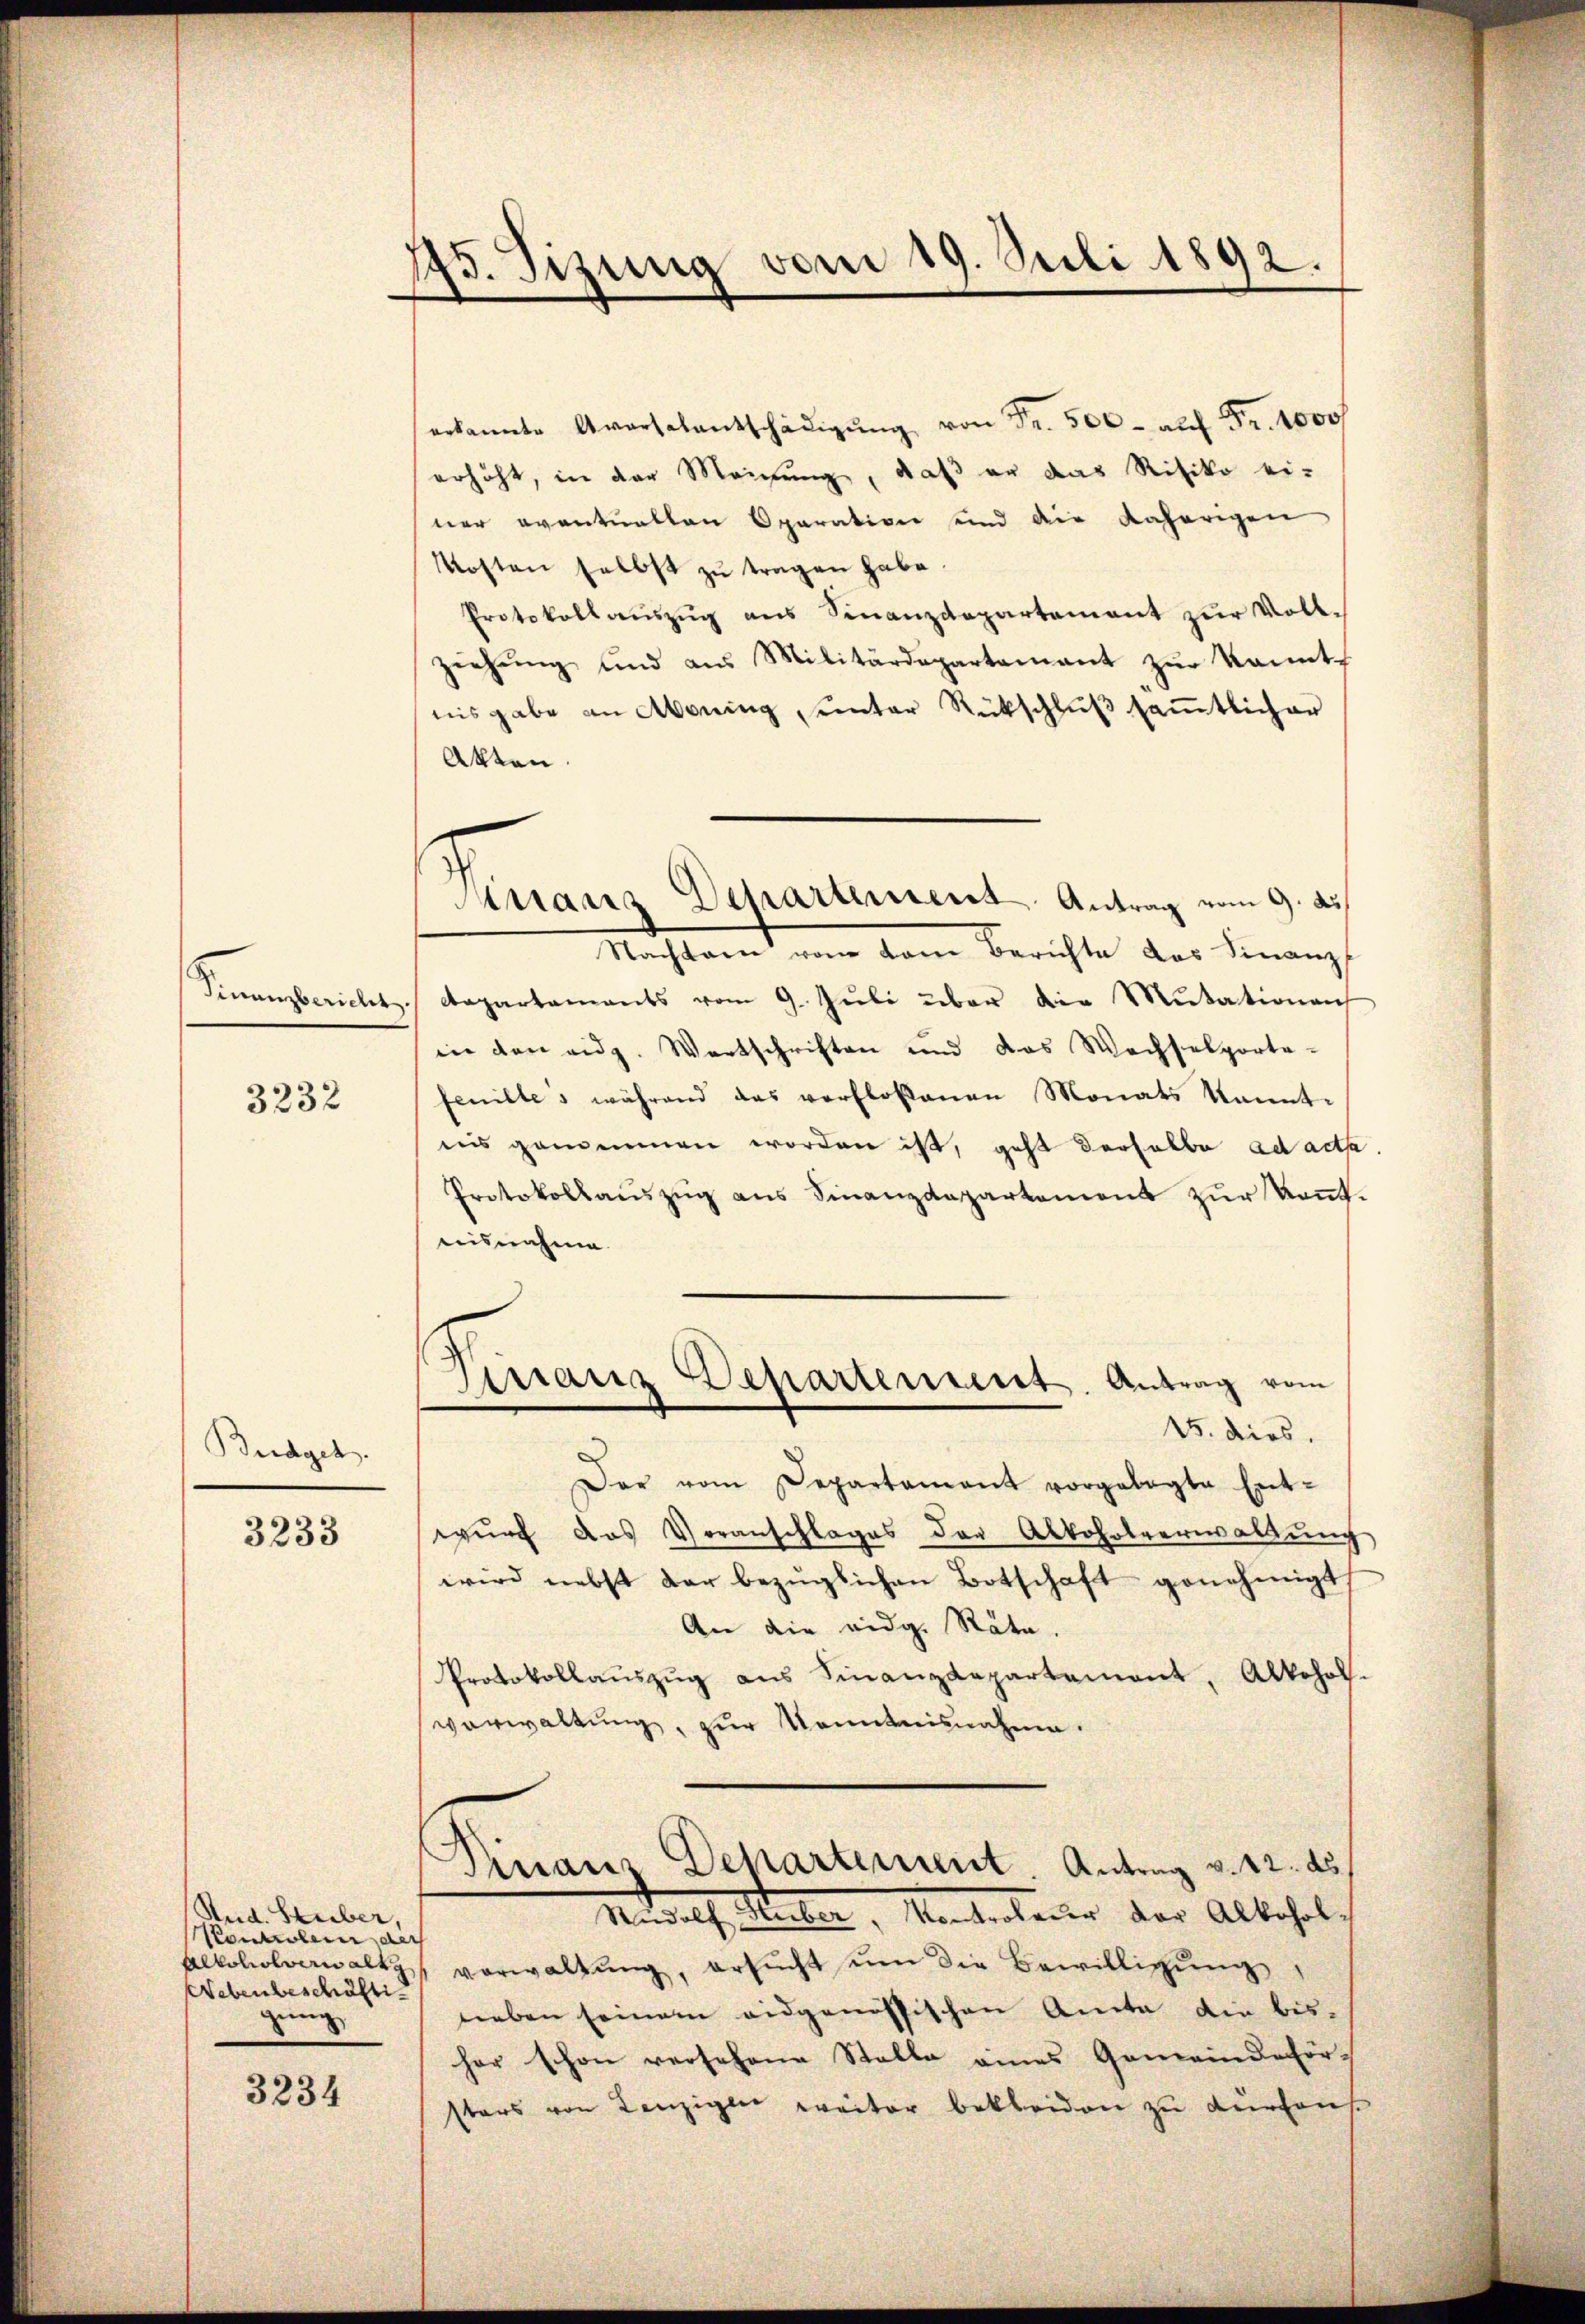
3232

Budget.

3233

Rud. Stuber,
Pontolen der
Webenbeschäftigung,

3234

173. Sizung vom 19. Juli 1892.

Finanz Departement Antrag vom 9. ds.

erkannte Aversalentschädigŭng von Fr. 500 aŭf Fr. 1000f
erhöht, in der Meinung, daß er das Risiko ei-
ner eventualten Oparation sind die daherigen
Kosten selbst zu tragen habe
Protokollaŭszŭg ans Finanzdepartement zŭr Voll-
ziehŭng und aus Militärdepartamant zŭr kannt-
nisgabe an Aboning, unter Rückschlŭβ saṁtlicher
Akten.
Nachten vom vom Berichte des Finanz
Finanzbericht Departaments vom 9. Jŭli über die Mutationen
in den eidg. Wertschriften und das Wechselporta-
fenilles während das verflossenen Monats kannt-
uns genommen worden ist, geht derselbe ad acta
Protokollaŭszŭg ans Finanzdepartement zŭr Kennt-
aisnahme
Girranz Departement. Antrag vom
15. dies.
Der vom Departament vorgelegte Ent-
wurf das Voranschlages der Abbohrtverwaltung
wird nebst der bezüglichen Botschaft genehmigt
An die eidg. Räte.
Protokollaŭszŭg aŭs Finanzdepartament, Alkohol.
verwaltung, zur Kenntnisnahme.
Dinaus Departement. Antrag v. 12. ds
Rudolf Huber, Kontroleur der Alkohol¬
Alkoholverwalt, verwaltŭng, ersŭcht ŭm die Bewilligŭng
neben seinem eidgenössischen Amte die bisher schon versehene Stelle eines Gemeindeförsters von Lanzigen weiter bekleiden zu durchaus